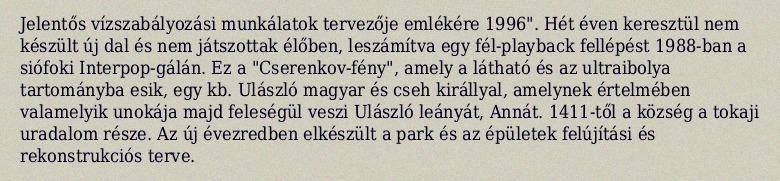
Jelentős vízszabályozási munkálatok tervezője emlékére 1996". Hét éven keresztül nem készült új dal és nem játszottak élőben, leszámítva egy fél-playback fellépést 1988-ban a siófoki Interpop-gálán. Ez a "Cserenkov-fény", amely a látható és az ultraibolya tartományba esik, egy kb. Ulászló magyar és cseh királlyal, amelynek értelmében valamelyik unokája majd feleségül veszi Ulászló leányát, Annát. 1411-től a község a tokaji uradalom része. Az új évezredben elkészült a park és az épületek felújítási és rekonstrukciós terve.